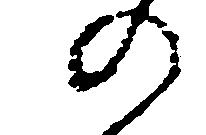
の